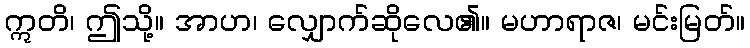
ဣတိ၊ ဤသို့။ အာဟ၊ လျှောက်ဆိုလေ၏။ မဟာရာဇ၊ မင်းမြတ်။